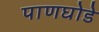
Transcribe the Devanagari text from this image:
पाणघोडे